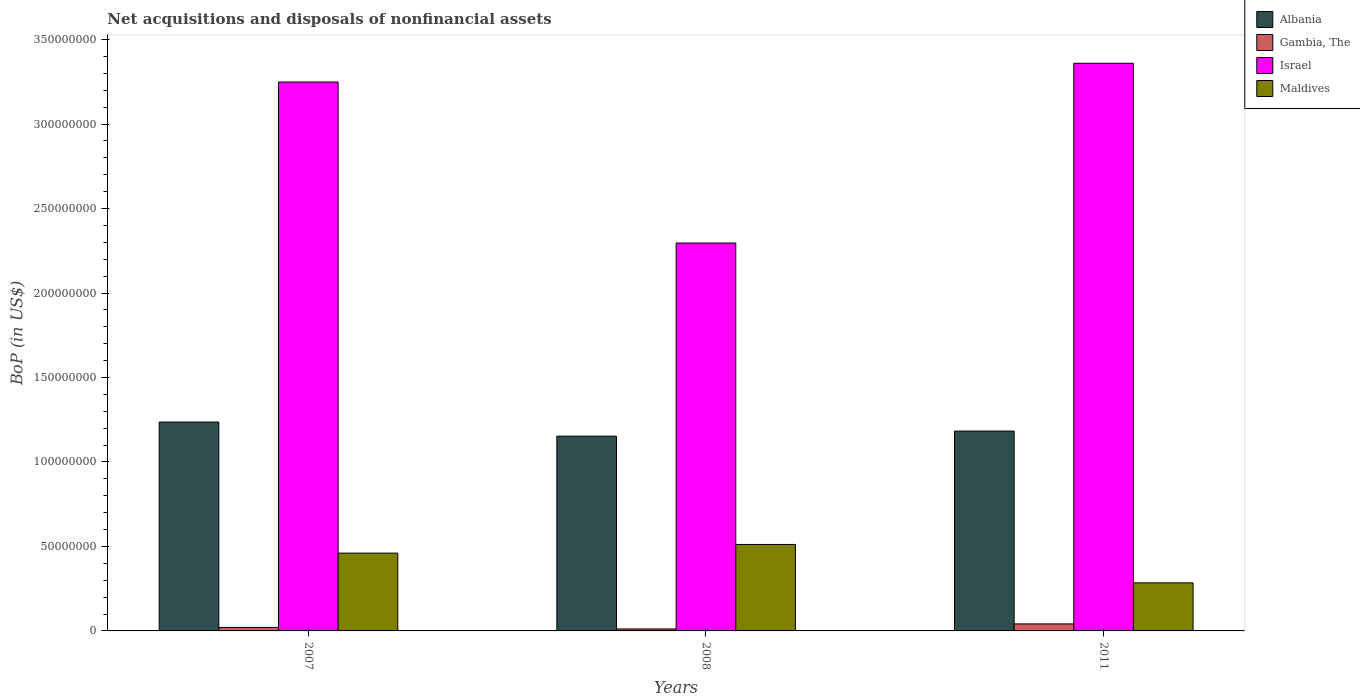
| Years | Albania | Gambia, The | Israel | Maldives |
 | --- | --- | --- | --- | --- |
 | 2007 | 1.24e+08 | 2.07e+06 | 3.25e+08 | 4.61e+07 |
 | 2008 | 1.15e+08 | 1.17e+06 | 2.3e+08 | 5.12e+07 |
 | 2011 | 1.18e+08 | 4.15e+06 | 3.36e+08 | 2.85e+07 |